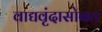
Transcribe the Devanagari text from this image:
वाद्यवृंदासोबत